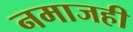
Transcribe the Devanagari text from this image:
नमाजही